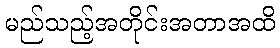
မည်သည့်အတိုင်းအတာအထိ